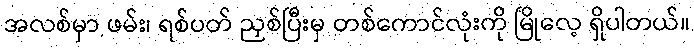
အလစ်မှာ ဖမ်း၊ ရစ်ပတ် ညှစ်ပြီးမှ တစ်ကောင်လုံးကို မြိုလေ့ ရှိပါတယ်။